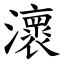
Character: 瀤